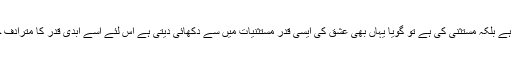
ان کی حیثیت کلیہ کی نہیں ہے بلکہ مستثنیٰ کی ہے تو گویا یہاں بھی عشق کی ایسی قدر مستثنیات میں سے دکھائی دیتی ہے اس لئے اسے ابدی قدر کا مترادف جتانا حقیقت کو جھٹلانا ہے۔